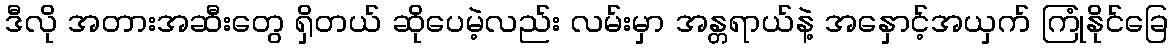
ဒီလို အတားအဆီးတွေ ရှိတယ် ဆိုပေမဲ့လည်း လမ်းမှာ အန္တရာယ်နဲ့ အနှောင့်အယှက် ကြုံနိုင်ခြေ